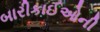
બારીકાઈઓની